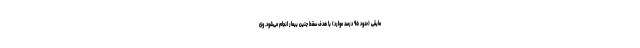
مابقی (حدود ۹۵ درصد موارد) با هدف سقط جنین بیمار انجام می‌شود. وی